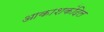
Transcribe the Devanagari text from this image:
आकाशकंदिल